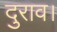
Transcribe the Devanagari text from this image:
दुराव।